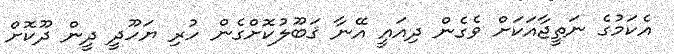
އެކަމުގެ ނަތީޖާއަކަށް ވެގެން ދިއައީ އޭނާ ޤަބޫލުކޮށްގެން ހުރި ޔަހޫދީ ދީން ދޫކޮށް